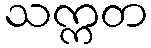
သက္ကတ